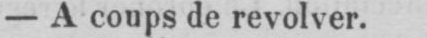
- A coups de revolver.